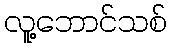
လူ့ဘောင်သစ်